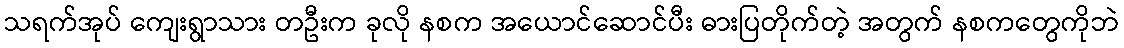
သရက်အုပ် ကျေးရွာသား တဦးက ခုလို နစက အယောင်ဆောင်ပီး ဓားပြတိုက်တဲ့ အတွက် နစကတွေကိုဘဲ